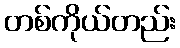
တစ်ကိုယ်တည်း